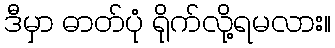
ဒီမှာ ဓာတ်ပုံ ရိုက်လို့ရမလား။